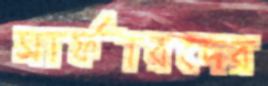
সার্ফারদের